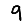
Digit: 9